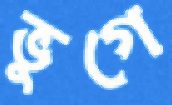
ভুগে